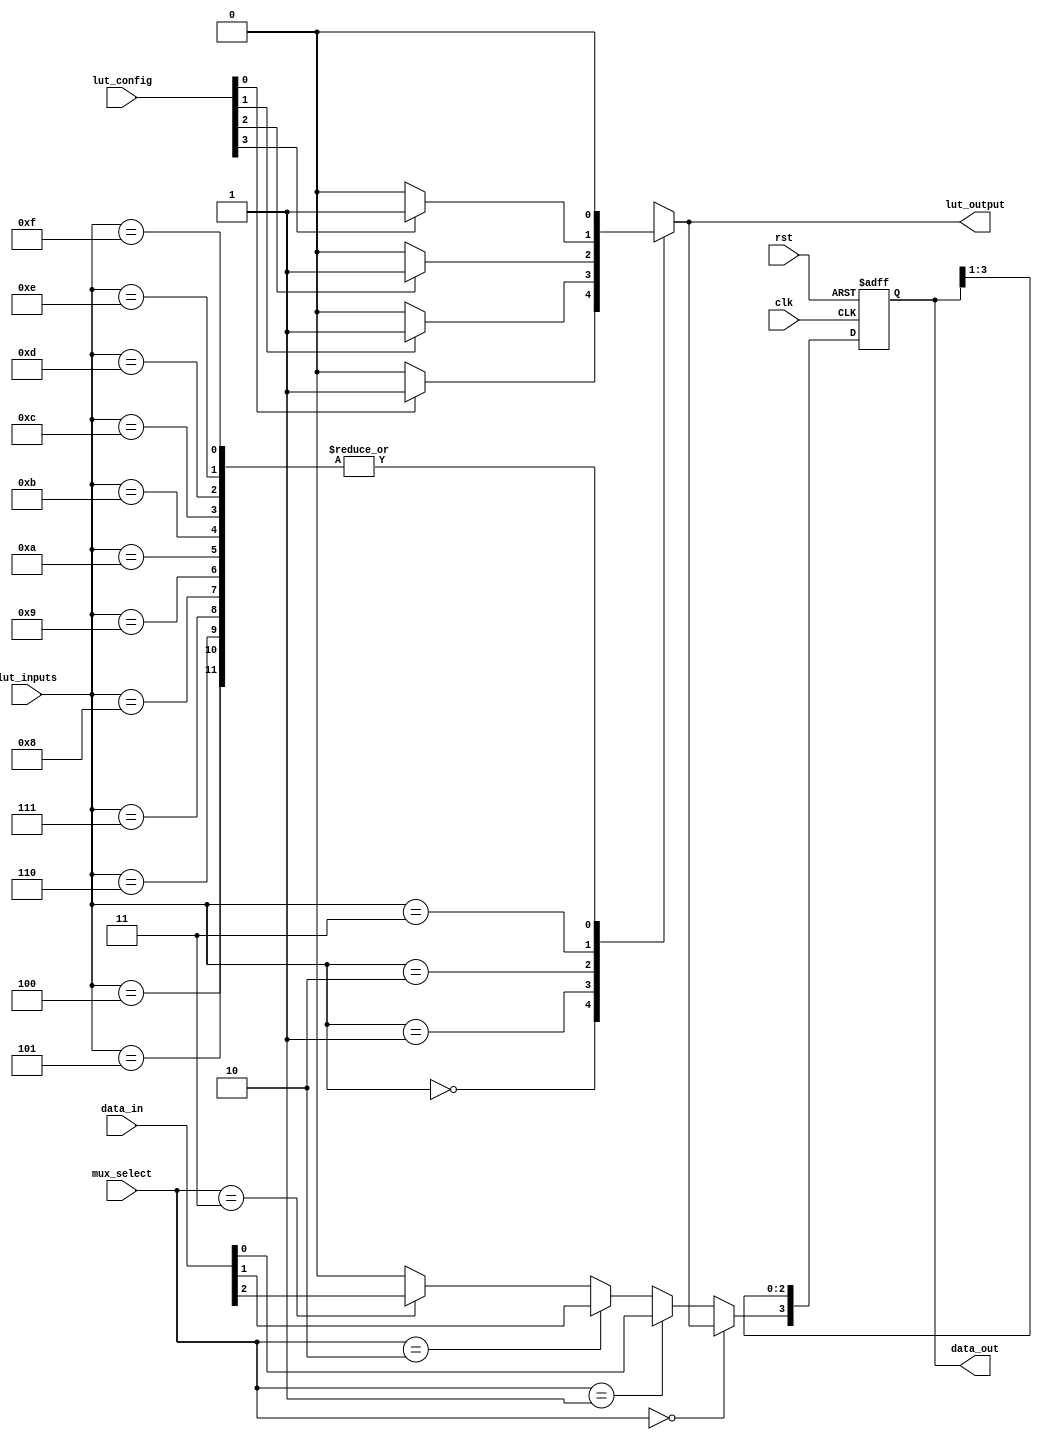
module CLB (
    input wire [3:0] lut_inputs,      // Inputs to the LUT
    input wire [3:0] lut_config,      // Configuration for the LUT (truth table)
    input wire [1:0] mux_select,      // MUX select signal
    input wire clk,                   // Clock signal for flip-flops
    input wire rst,                   // Reset signal
    input wire [3:0] data_in,         // Data input for flip-flops
    output wire [3:0] data_out,       // Data output from the CLB
    output wire lut_output             // Output from the LUT
);

    // Lookup Table (LUT) implementation
    reg [3:0] lut_output_reg;
    always @(*) begin
        case (lut_inputs)
            4'b0000: lut_output_reg = lut_config[0] ? 1 : 0;
            4'b0001: lut_output_reg = lut_config[1] ? 1 : 0;
            4'b0010: lut_output_reg = lut_config[2] ? 1 : 0;
            4'b0011: lut_output_reg = lut_config[3] ? 1 : 0;
            4'b0100: lut_output_reg = lut_config[4] ? 1 : 0;
            4'b0101: lut_output_reg = lut_config[5] ? 1 : 0;
            4'b0110: lut_output_reg = lut_config[6] ? 1 : 0;
            4'b0111: lut_output_reg = lut_config[7] ? 1 : 0;
            4'b1000: lut_output_reg = lut_config[8] ? 1 : 0;
            4'b1001: lut_output_reg = lut_config[9] ? 1 : 0;
            4'b1010: lut_output_reg = lut_config[10] ? 1 : 0;
            4'b1011: lut_output_reg = lut_config[11] ? 1 : 0;
            4'b1100: lut_output_reg = lut_config[12] ? 1 : 0;
            4'b1101: lut_output_reg = lut_config[13] ? 1 : 0;
            4'b1110: lut_output_reg = lut_config[14] ? 1 : 0;
            4'b1111: lut_output_reg = lut_config[15] ? 1 : 0;
            default: lut_output_reg = 0;
        endcase
    end

    assign lut_output = lut_output_reg;

    // MUX implementation
    wire mux_output;
    assign mux_output = (mux_select == 2'b00) ? lut_output :
                        (mux_select == 2'b01) ? data_in[0] :
                        (mux_select == 2'b10) ? data_in[1] :
                        (mux_select == 2'b11) ? data_in[2] : 0;

    // Register/Flip-Flop implementation
    reg [3:0] ff_reg;
    always @(posedge clk or posedge rst) begin
        if (rst) begin
            ff_reg <= 4'b0000;
        end else begin
            ff_reg <= {mux_output, ff_reg[3:1]}; // Shift register
        end
    end

    assign data_out = ff_reg;

endmodule